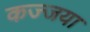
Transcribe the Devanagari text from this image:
कज्जया